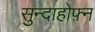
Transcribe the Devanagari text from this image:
सुन्दाहोफ़्न